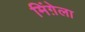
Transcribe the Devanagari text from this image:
मिंग़ेला